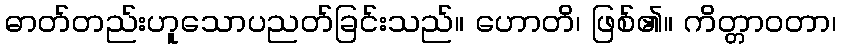
ဓာတ်တည်းဟူသောပညတ်ခြင်းသည်။ ဟောတိ၊ ဖြစ်၏။ ကိတ္တာဝတာ၊